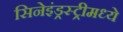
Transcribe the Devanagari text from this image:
सिनेइंड्रस्ट्रीमध्ये